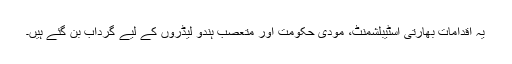
یہ اقدامات بھارتی اسٹیبلشمنٹ، مودی حکومت اور متعصب ہندو لیڈروں کے لیے گرداب بن گئے ہیں۔